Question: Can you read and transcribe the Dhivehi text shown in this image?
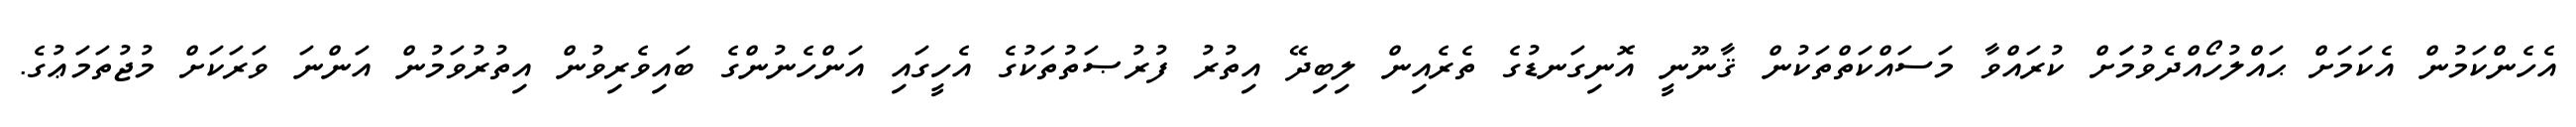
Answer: އެހެންކަމުން އެކަމަށް ޙައްލުހޯއްދެވުމަަށް ކުރައްވާ މަސައްކަތްތަކުން ޤާނޫނީ އޮނިގަނޑުގެ ތެރެއިން ލިބިދޭ އިތުރު ފުރުޞަތުތަކުގެ އެހީގައި އަންހެނުންގެ ބައިވެރިވުން އިތުރުވަމުން އަންނަ ވަރަކަށް މުޖުތަމަޢުގެ.